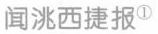
闻洮西捷报^{①}